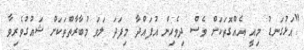
"އަޅުގަނޑު މިއީ އެއްގޮތަކަށް ވެސް ދިވެހިން އުފައްދާ މިފަދަ ލަވަ މުބާރާތްތަކަށް ޝައުގުވެރިވާ